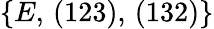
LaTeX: \{ E,\, (123),\, (132)\}